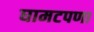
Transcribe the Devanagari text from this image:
घामटपणा